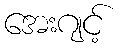
အေးဂျင့်